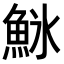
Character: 𬵌